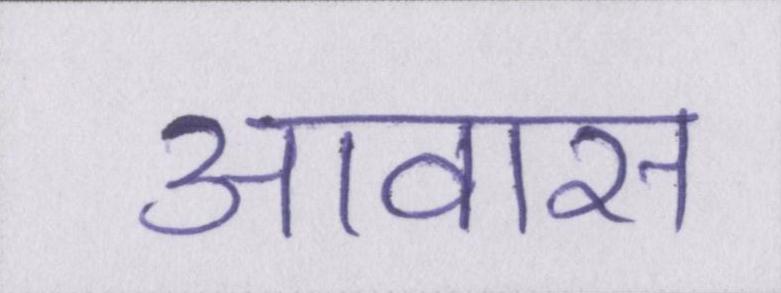
आवास